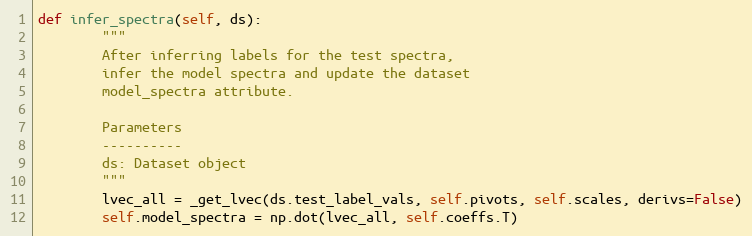
Language: Python
def infer_spectra(self, ds):
        """
        After inferring labels for the test spectra,
        infer the model spectra and update the dataset
        model_spectra attribute.

        Parameters
        ----------
        ds: Dataset object
        """
        lvec_all = _get_lvec(ds.test_label_vals, self.pivots, self.scales, derivs=False)
        self.model_spectra = np.dot(lvec_all, self.coeffs.T)